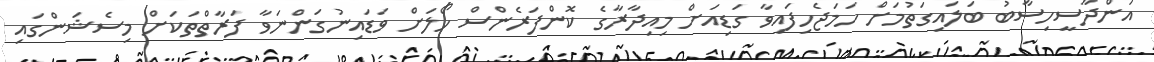
އަންދާސީހިސާބު ބަލައިގަތުމަށް ހަމަޖެހިފައިވާ ގަޑިއަށް މިއިދާރާގެ ކޮންފަރެންސް ހޯލަށް ވަޑައިނުގަންނަވާ ފަރާތްތަކަށް މިސެޝަންގައި